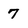
Character: 7